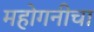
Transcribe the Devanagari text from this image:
महोगनीचा